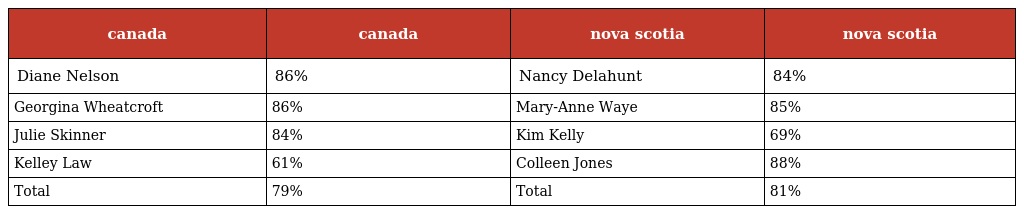
| canada | canada | nova scotia | nova scotia |
 | --- | --- | --- | --- |
 | Diane Nelson | 86% | Nancy Delahunt | 84% |
 | Georgina Wheatcroft | 86% | Mary-Anne Waye | 85% |
 | Julie Skinner | 84% | Kim Kelly | 69% |
 | Kelley Law | 61% | Colleen Jones | 88% |
 | Total | 79% | Total | 81% |